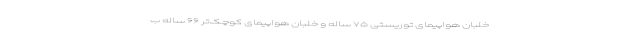
خلبان هواپیمای توریستی ۷۵ ساله و خلبان هواپیمای کوچک‌تر ۶۶ ساله ب